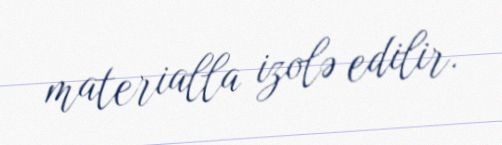
materialla izolə edilir.